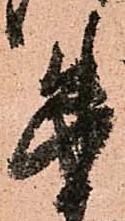
朱